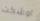
اوشكت